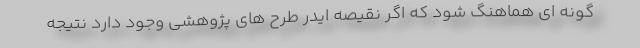
گونه ای هماهنگ شود که اگر نقیصه ایدر طرح های پژوهشی وجود دارد نتیجه